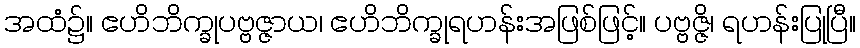
အထံ၌။ ဧဟိဘိက္ခုပဗ္ဗဇ္ဇာယ၊ ဧဟိဘိက္ခုရဟန်းအဖြစ်ဖြင့်။ ပဗ္ဗဇ္ဇိ၊ ရဟန်းပြုပြီ။